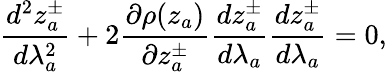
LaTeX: \frac{d^{2}z_{a}^{\pm}}{d\lambda_{a}^{2}}+2\frac{\partial\rho(z_{a})}{\partial z_{a}^{\pm}}\frac{dz_{a}^{\pm}}{d\lambda_{a}}\frac{dz_{a}^{\pm}}{d\lambda_{a}}=0,